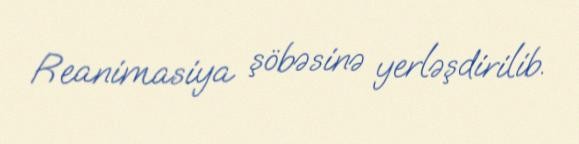
Reanimasiya şöbəsinə yerləşdirilib.